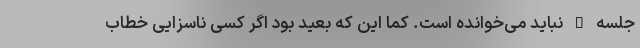
جلسه – نباید می‌خوانده است. کما این که بعید بود اگر کسی ناسزایی خطاب